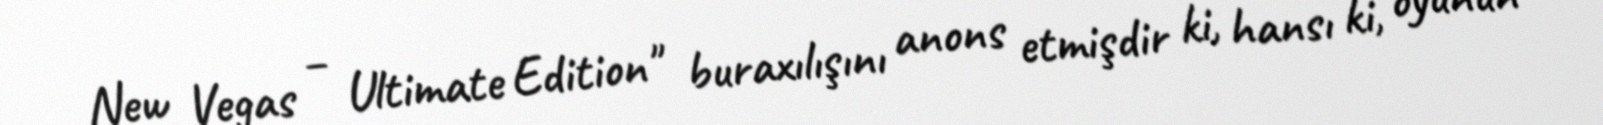
New Vegas – Ultimate Edition" buraxılışını anons etmişdir ki, hansı ki, oyunun